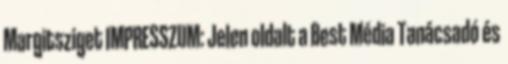
Margitsziget IMPRESSZUM: Jelen oldalt a Best Média Tanácsadó és